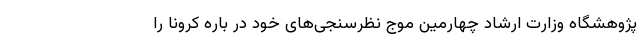
پژوهشگاه وزارت ارشاد چهارمین موج نظرسنجی‌های خود در باره کرونا را